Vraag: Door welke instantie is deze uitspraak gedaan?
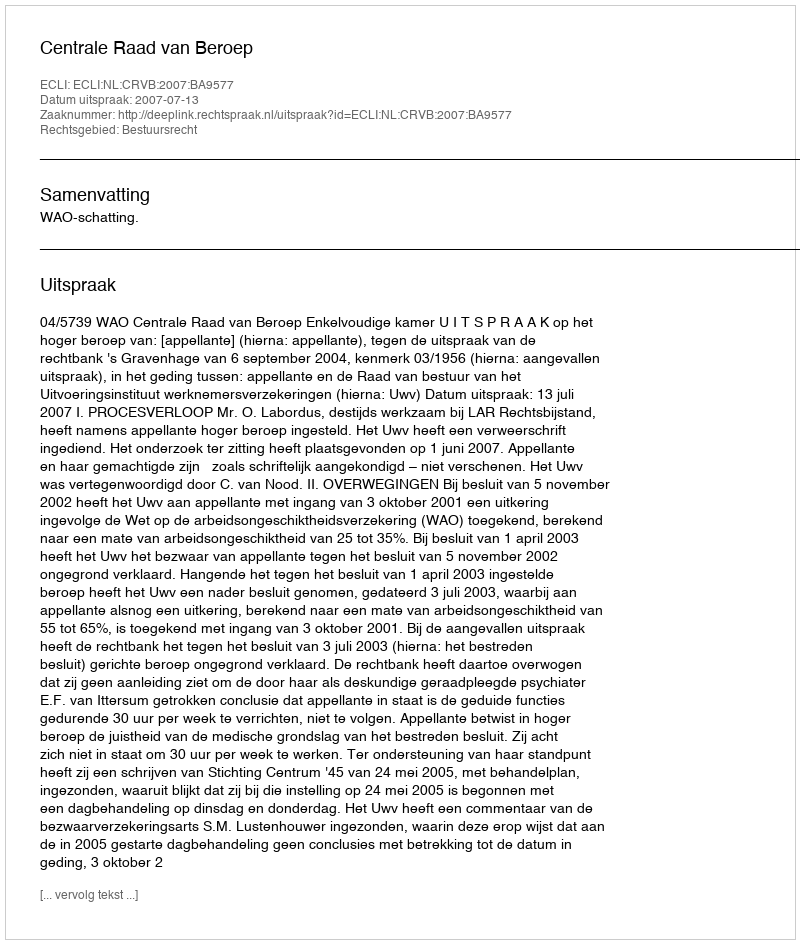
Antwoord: Centrale Raad van Beroep